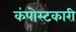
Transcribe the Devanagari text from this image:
कंपोस्टकारी